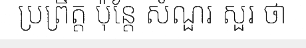
ប្រព្រឹត្ត ប៉ុន្តែ សំណួរ សួរ ថា